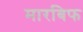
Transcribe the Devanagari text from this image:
मारबिफ